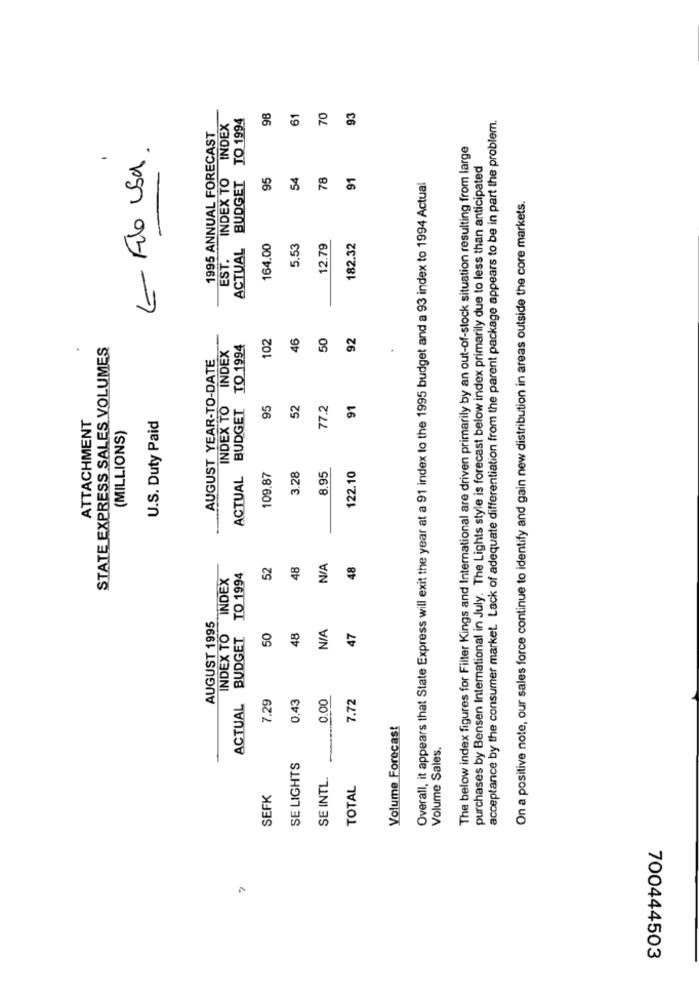
TO 1994
98
61
70
93
INDEX
acceptance by the consumer market. Lack of adequate differentiation from the parent package appears to be in part the problem.
1995 ANNUAL FORECAST
- Filo usa.
The below index figures for Filter Kings and International are driven primarily by an out-of-stock situation resulting from large
purchases by Bensen International in July. The Lights style is forecast below index primarily due to less than anticipated
EST. INDEX TO
ACTUAL BUDGET
95
54
78
91
Overall, it appears that State Express will exit the year at a 91 index to the 1995 budget and a 93 index to 1994 Actual
On a positive note, our sales force continue to identify and gain new distribution in areas outside the core markets.
164.00
5.53
12.79
182.32
102
46
50
92
STATE EXPRESS SALES VOLUMES
TO 1994
AUGUST YEAR-TO-DATE
INDEX
INDEX TO
ACTUAL BUDGET
95
52
77.2
91
ATTACHMENT
U.S. Duty Paid
(MILLIONS)
3.28
8.95
122.10
109.87
52
48
48
INDEX
TO 1994
AUGUST 1995
ACTUAL BUDGET
INDEX TO
50
48
47
7.29
0.43
0.00
7.72
Volume Forecast
Volume Sales.
SE LIGHTS
SE INTL.
TOTAL
SEFK
700444503